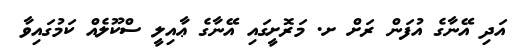
އަދި އޭނާގެ އުފަން ރަށް ށ. މަރޮށީގައި އޭނާގެ ޢާއިލީ ސްކޫލެއް ކަމުގައިވާ